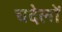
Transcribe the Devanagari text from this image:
चदेलों